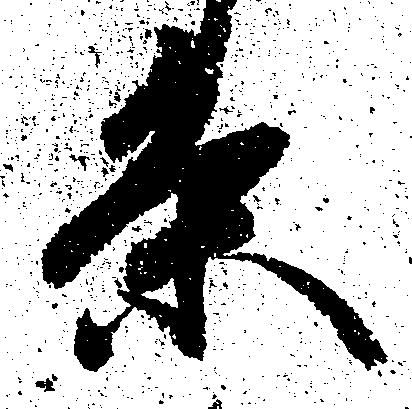
条